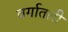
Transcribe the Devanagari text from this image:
वर्गातली